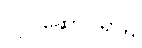
လုပ်ဆောင်ရာ၌